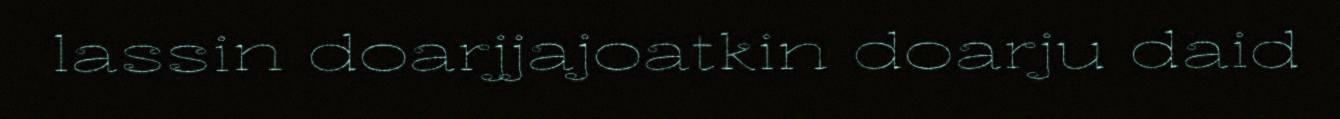
lassin doarjjajoatkin doarju daid